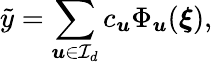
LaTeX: \tilde{y}=\sum_{{\boldsymbol{u}}\in{\mathcal{I}}_{d}}c_{{\boldsymbol{u}}}\Phi_{\boldsymbol{u}}({\boldsymbol{\xi}}),